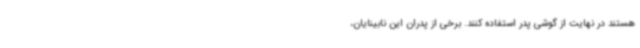
هستند در نهایت از گوشی پدر استفاده کنند. برخی از پدران این نابینایان،